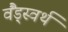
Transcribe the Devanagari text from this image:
वैंड्स्वर्थ